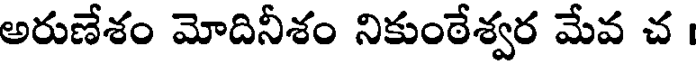
అరుణేశం మోదినీశం నికుంఠేశ్వర మేవ చ